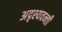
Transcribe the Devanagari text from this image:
अदृश्यवन्ती